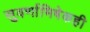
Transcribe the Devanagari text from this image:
सुवर्णाभिषेकही